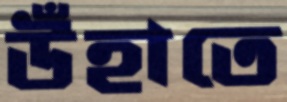
উঁহাতে